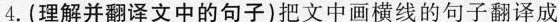
4.(理解并翻译文中的句子)把文中画横线的句子翻译成